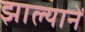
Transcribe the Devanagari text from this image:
झाल्यानें